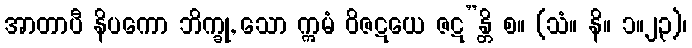
အာတာပီ နိပကော ဘိက္ခု, သော ဣမံ ဝိဇဋယေ ဇဋ”န္တိ စ။ (သံ။ နိ။ ၁။၂၃)၊